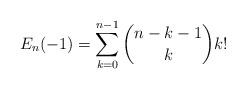
LaTeX: \begin{align*}E_n(-1)= \sum_{k=0}^{n-1} \binom{n-k-1}{k} k!\end{align*}